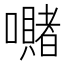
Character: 𭌙